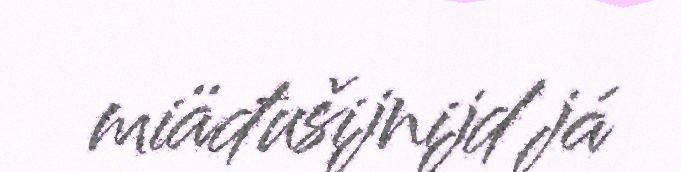
miäđušijnijd já